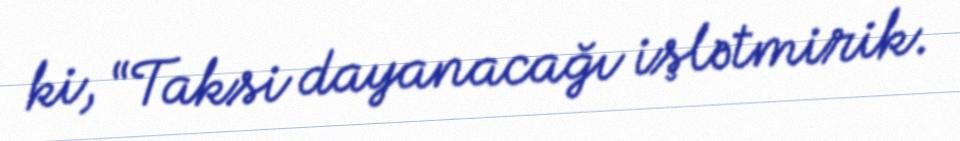
ki, “Taksi dayanacağı işlətmirik.